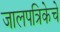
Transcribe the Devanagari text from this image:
जालपत्रिकेचे